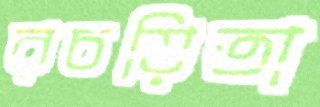
রচয়িতা